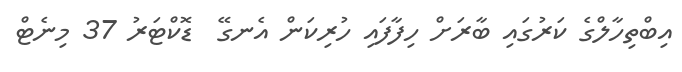
އިބްތިހާލްގެ ކަރުގައި ބާރަށް ހިފާފައި ހުރިކަން އެނގޭ  ޑޮކްޓަރު 37 މިނެޓް